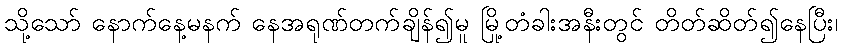
သို့သော် နောက်နေ့မနက် နေအရုဏ်တက်ချိန်၍မူ မြို့တံခါးအနီးတွင် တိတ်ဆိတ်၍နေပြီး၊